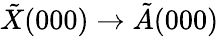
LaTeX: \tilde{X}(000)\rightarrow\tilde{A}(000)